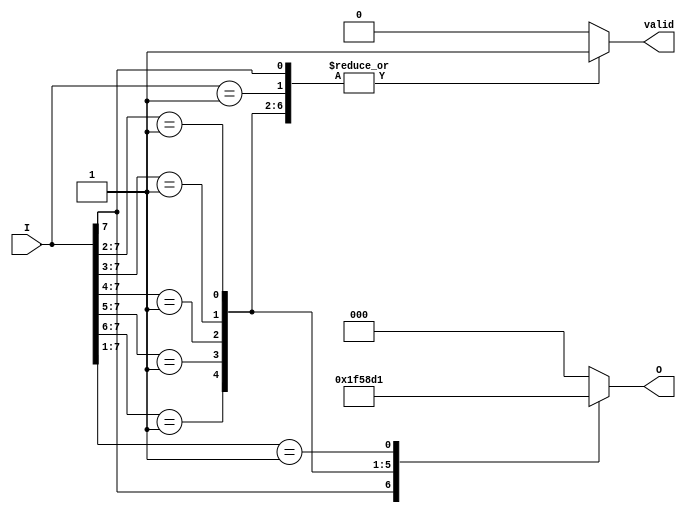
module priority_encoder #(
    parameter N = 8 // Number of inputs (can be changed as needed)
)(
    input  [N-1:0] I,      // Input signals
    output reg [clog2(N)-1:0] O, // Output code for the highest priority active input
    output reg valid       // Valid signal indicating if any input is active
);

// Function to calculate the ceiling of log2
function integer clog2;
    input integer value;
    begin
        value = value - 1;
        for (clog2 = 0; value > 0; clog2 = clog2 + 1)
            value = value >> 1;
    end
endfunction

always @(*) begin
    // Default values
    O = {clog2(N){1'b0}}; // Set output to 0
    valid = 1'b0;         // Set valid to 0

    // Priority encoding logic
    casez (I)
        8'b1??????? : begin O = 3'd7; valid = 1'b1; end // I[7]
        8'b01?????? : begin O = 3'd6; valid = 1'b1; end // I[6]
        8'b001????? : begin O = 3'd5; valid = 1'b1; end // I[5]
        8'b0001???? : begin O = 3'd4; valid = 1'b1; end // I[4]
        8'b00001??? : begin O = 3'd3; valid = 1'b1; end // I[3]
        8'b000001?? : begin O = 3'd2; valid = 1'b1; end // I[2]
        8'b0000001? : begin O = 3'd1; valid = 1'b1; end // I[1]
        8'b00000001 : begin O = 3'd0; valid = 1'b1; end // I[0]
        default: begin O = {clog2(N){1'b0}}; valid = 1'b0; end // No active inputs
    endcase
end

endmodule